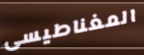
المغناطيسى